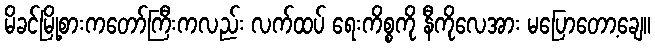
မိခင်မြို့စားကတော်ကြီးကလည်း လက်ထပ် ရေးကိစ္စကို နီကိုလေအား မပြောတော့ချေ။